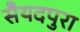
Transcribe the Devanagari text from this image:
सैयदपुरा